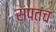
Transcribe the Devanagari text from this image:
संपतच